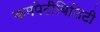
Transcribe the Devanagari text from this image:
कमपेटीबिलिटी